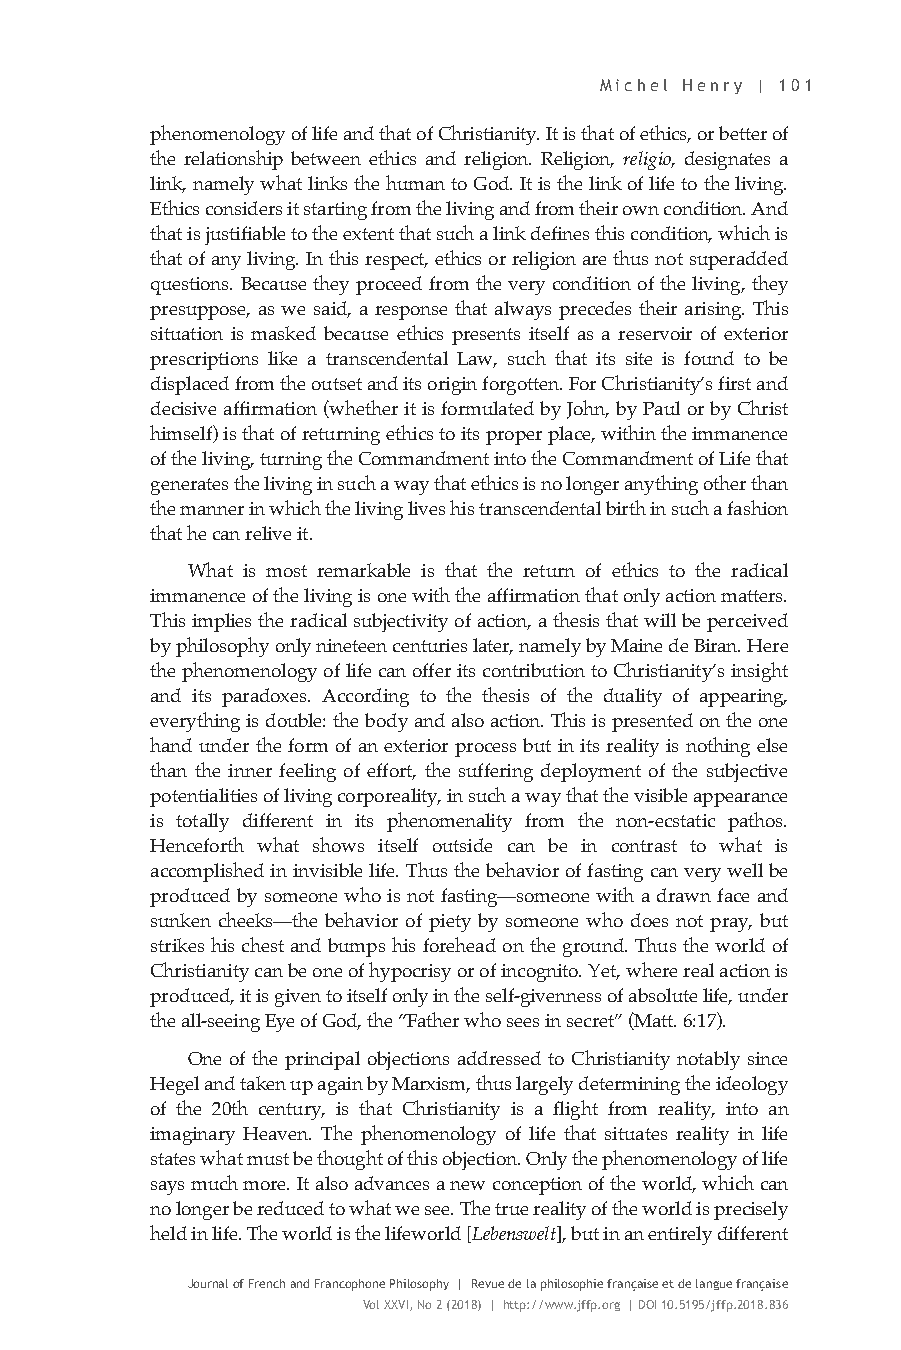
Michel Henry | 101
 phenomenology of life and that of Christianity. It is that of ethics, or better of
 the relationship between ethics and religion. Religion, religio, designates a
 link, namely what links the human to God. It is the link of life to the living.
 Ethics considers it starting from the living and from their own condition. And
 that is justifiable to the extent that such a link defines this condition, which is
 that of any living. In this respect, ethics or religion are thus not superadded
 questions. Because they proceed from the very condition of the living, they
 presuppose, as we said, a response that always precedes their arising. This
 situation is masked because ethics presents itself as a reservoir of exterior
 prescriptions like a transcendental Law, such that its site is found to be
 displaced from the outset and its origin forgotten. For Christianity’s first and
 decisive affirmation (whether it is formulated by John, by Paul or by Christ
 himself) is that of returning ethics to its proper place, within the immanence
 of the living, turning the Commandment into the Commandment of Life that
 generates the living in such a way that ethics is no longer anything other than
 the manner in which the living lives his transcendental birth in such a fashion
 that he can relive it.
 What is most remarkable is that the return of ethics to the radical
 immanence of the living is one with the affirmation that only action matters.
 This implies the radical subjectivity of action, a thesis that will be perceived
 by philosophy only nineteen centuries later, namely by Maine de Biran. Here
 the phenomenology of life can offer its contribution to Christianity’s insight
 and its paradoxes. According to the thesis of the duality of appearing,
 everything is double: the body and also action. This is presented on the one
 hand under the form of an exterior process but in its reality is nothing else
 than the inner feeling of effort, the suffering deployment of the subjective
 potentialities of living corporeality, in such a way that the visible appearance
 is totally different in its phenomenality from the non-ecstatic pathos.
 Henceforth what shows itself outside can be in contrast to what is
 accomplished in invisible life. Thus the behavior of fasting can very well be
 produced by someone who is not fasting—someone with a drawn face and
 sunken cheeks—the behavior of piety by someone who does not pray, but
 strikes his chest and bumps his forehead on the ground. Thus the world of
 Christianity can be one of hypocrisy or of incognito. Yet, where real action is
 produced, it is given to itself only in the self-givenness of absolute life, under
 the all-seeing Eye of God, the “Father who sees in secret” (Matt. 6:17).
 One of the principal objections addressed to Christianity notably since
 Hegel and taken up again by Marxism, thus largely determining the ideology
 of the 20th century, is that Christianity is a flight from reality, into an
 imaginary Heaven. The phenomenology of life that situates reality in life
 states what must be thought of this objection. Only the phenomenology of life
 says much more. It also advances a new conception of the world, which can
 no longer be reduced to what we see. The true reality of the world is precisely
 held in life. The world is the lifeworld [Lebenswelt], but in an entirely different
 Journal of French and Francophone Philosophy | Revue de la philosophie française et de langue française
 Vol XXVI, No 2 (2018) | http://www.jffp.org | DOI 10.5195/jffp.2018.836